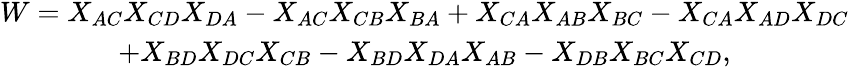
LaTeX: \begin{array}{c}{{W=X_{AC}X_{CD}X_{DA}-X_{AC}X_{CB}X_{BA}+X_{CA}X_{AB}X_{BC}-X_{CA}X_{AD}X_{DC}}}\\ {{+X_{BD}X_{DC}X_{CB}-X_{BD}X_{DA}X_{AB}-X_{DB}X_{BC}X_{CD},}}\end{array}